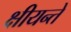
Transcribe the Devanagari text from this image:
क्षीयन्ते